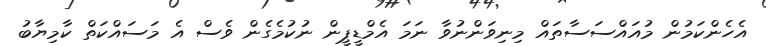
އެހެންކަމުން މުއައްސަސާތައް މިނިވަންނުވާ ނަމަ އެމްޑީޕީން ނުކުމެގެން ވެސް އެ މަސައްކަތް ކާމިޔާބު